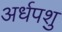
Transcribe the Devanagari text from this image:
अर्धपशु